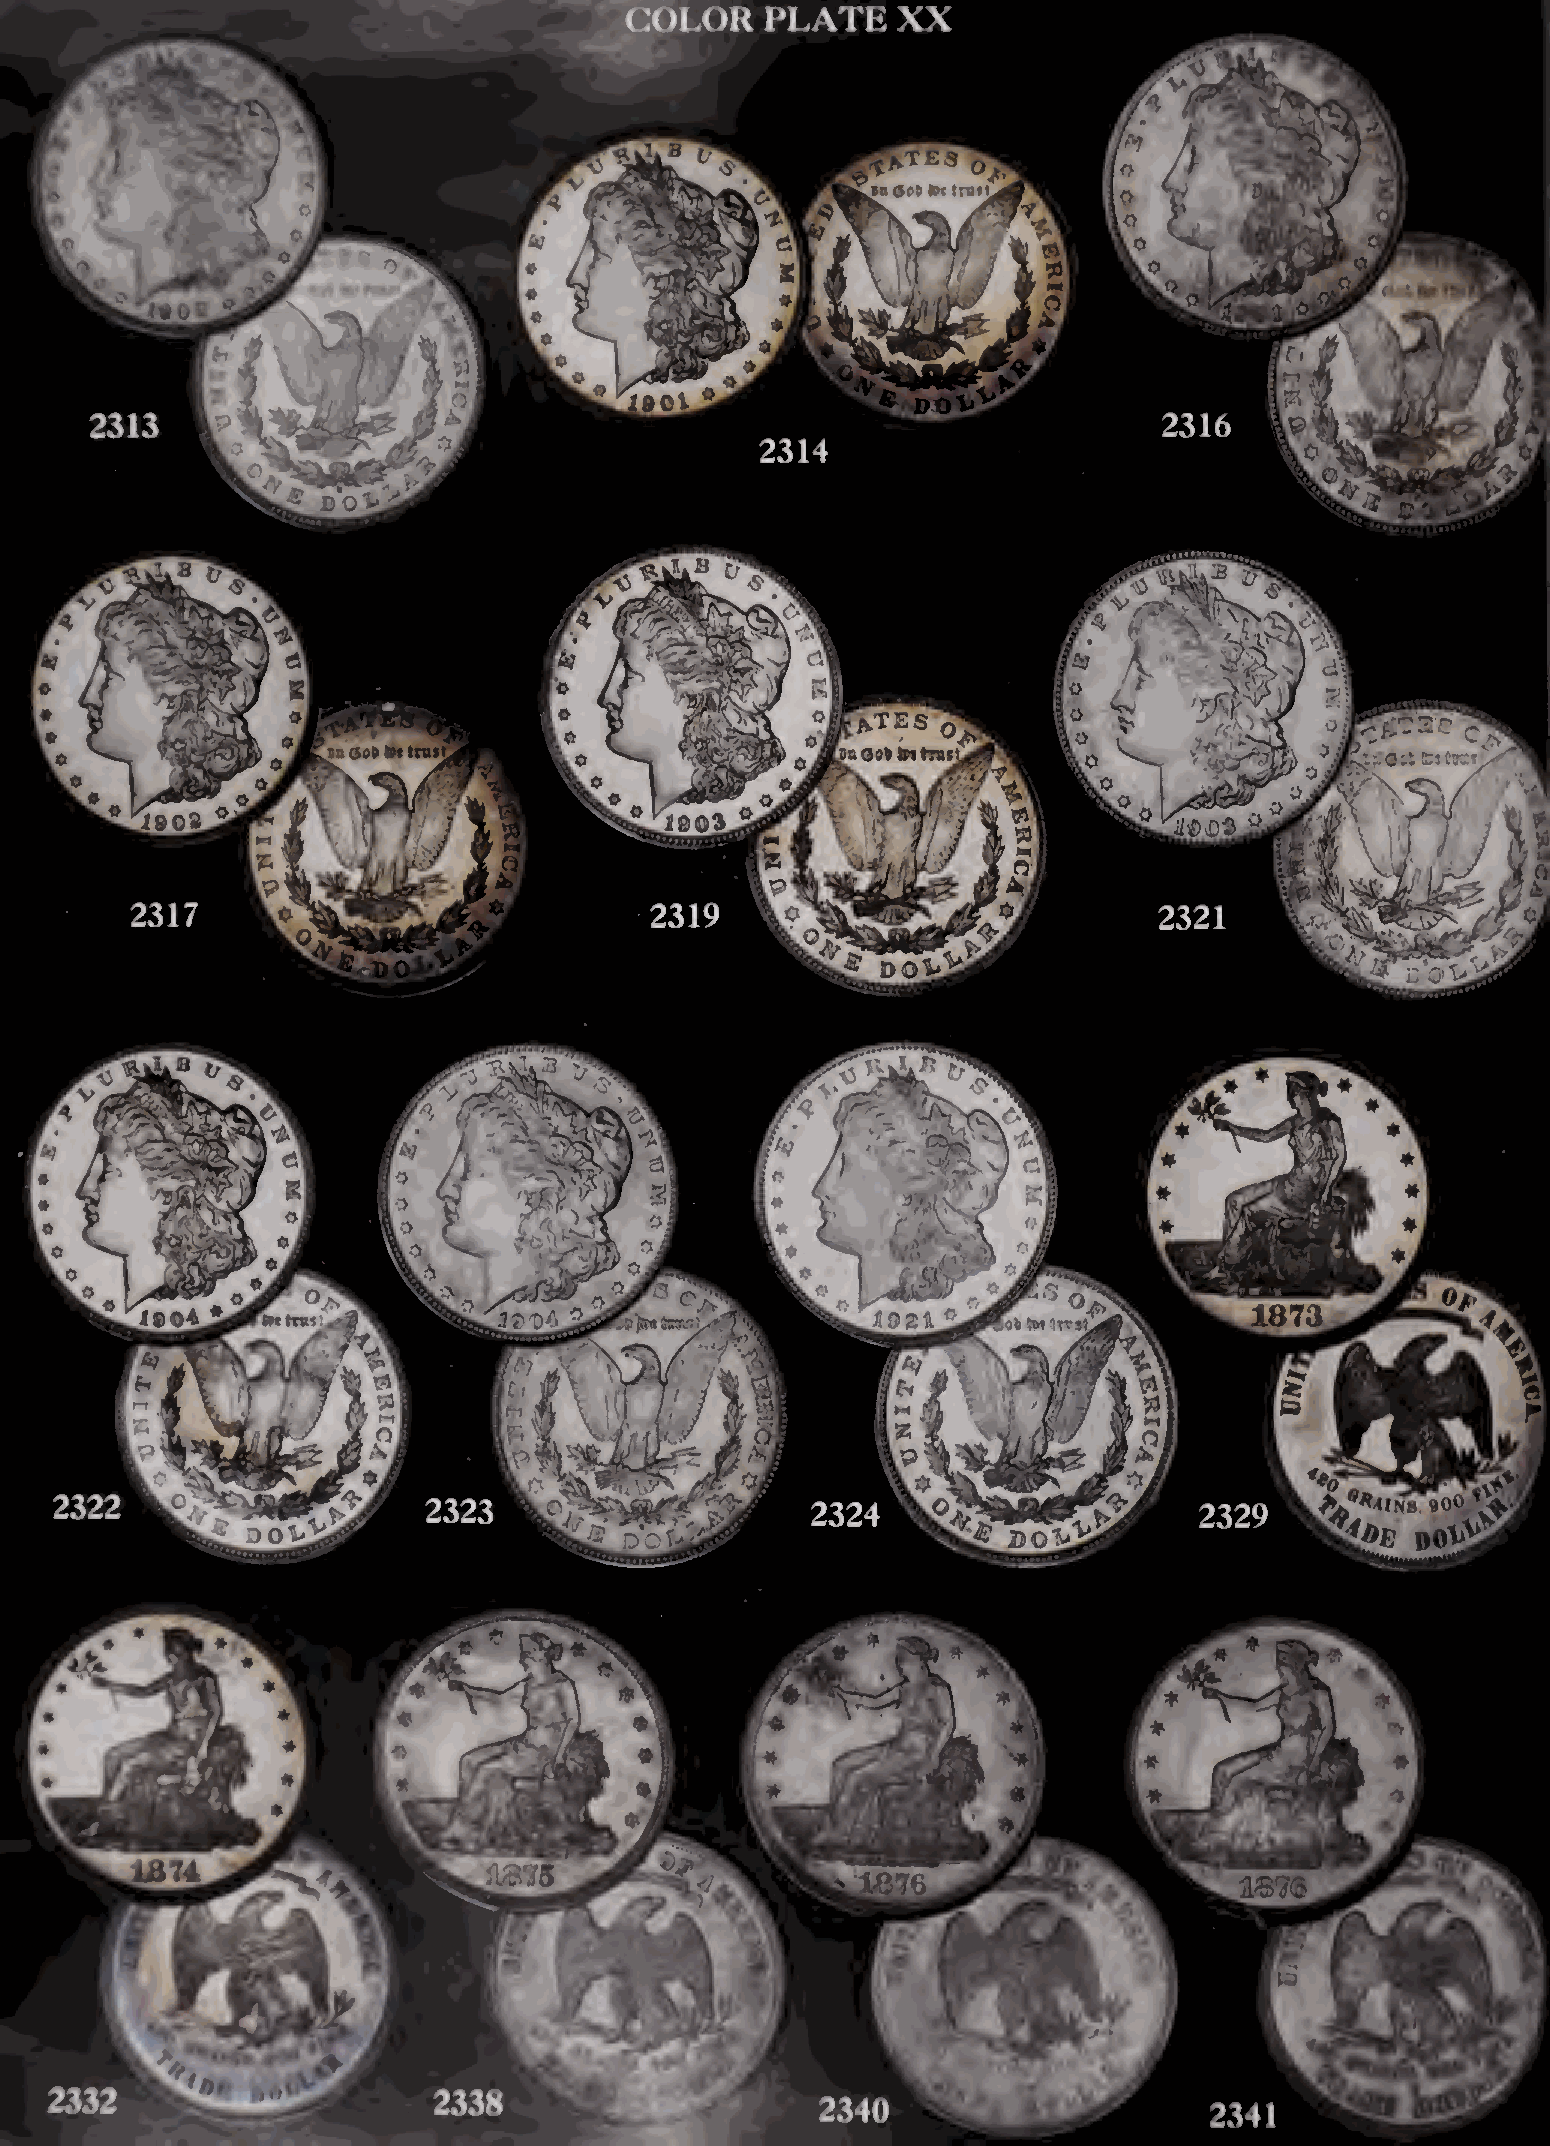
C:()L()R  PLATE   XX
 ifOG
 £ d'o^
 1»Q1
 ieo4                                                                      1873
 fl9Zi       1T«$»
 » v ’\
 k          I#
 tr ^
 ']
 1